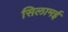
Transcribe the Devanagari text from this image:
सिलामई